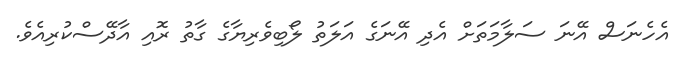
އެހެނަސް އޭނަ ސަލާމަތަށް އެދި އޭނަގެ އަލަތު ލޯބިވެރިޔާގެ ގާތު ރޮއި އާދޭސްކުރިއެވެ.